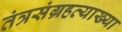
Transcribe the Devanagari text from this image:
तंत्रसंग्रहव्याख्या